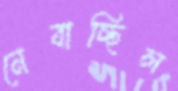
নেবাচ্ছিল